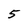
Character: 5